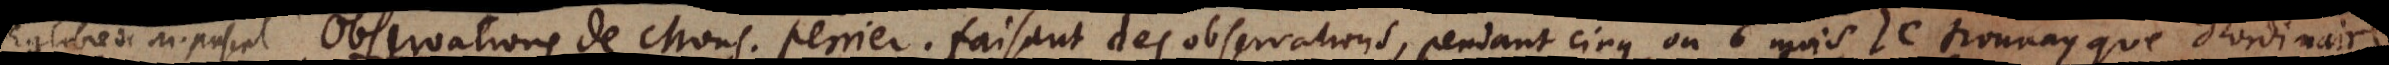
Observations de Mons. Perrier . Faisant des observations, pendant cinq ou 6 mois je trouuay que d’ordinaire